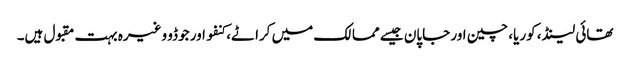
تھائی لینڈ، کوریا، چین اور جاپان جیسے ممالک میں کراٹے، کنفو اور جوڈو وغیرہ بہت مقبول ہیں۔